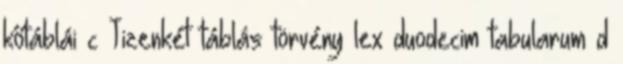
kőtáblái c Tizenkét táblás törvény lex duodecim tabularum d